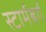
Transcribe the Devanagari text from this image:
स्टार्मबर्ग